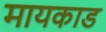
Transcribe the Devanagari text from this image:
मायकाड